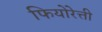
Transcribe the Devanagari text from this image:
फियोरेत्ती